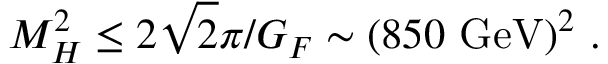
M _ { H } ^ { 2 } \leq 2 \sqrt { 2 } \pi / G _ { F } \sim ( 8 5 0 ~ \mathrm { G e V } ) ^ { 2 } ~ .